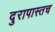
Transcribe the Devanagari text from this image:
दुरापास्तच